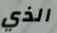
الذي